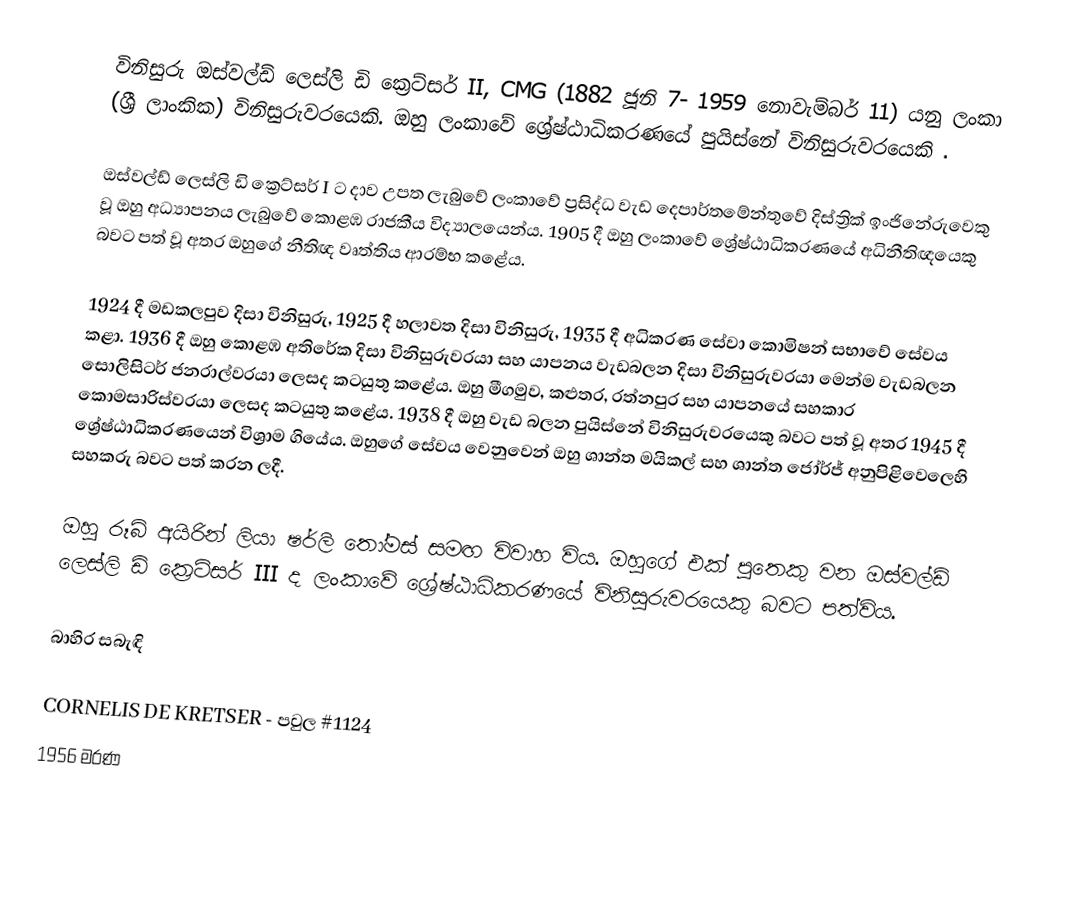
විනිසුරු ඔස්වල්ඩ් ලෙස්ලි ඩි ක්‍රෙට්සර් II, CMG (1882  ජූනි 7- 1959 නොවැම්බර් 11) යනු ලංකා (ශ්‍රී ලාංකික) විනිසුරුවරයෙකි. ඔහු ලංකාවේ ශ්‍රේෂ්ඨාධිකරණයේ පුයිස්නේ විනිසුරුවරයෙකි .

ඔස්වල්ඩ් ලෙස්ලි ඩි ක්‍රෙට්සර් I ට දාව උපත ලැබුවේ ලංකාවේ ප්‍රසිද්ධ වැඩ දෙපාර්තමේන්තුවේ දිස්ත්‍රික් ඉංජිනේරුවෙකු වූ ඔහු අධ්‍යාපනය ලැබුවේ කොළඹ රාජකීය විද්‍යාලයෙන්ය. 1905 දී ඔහු ලංකාවේ ශ්‍රේෂ්ඨාධිකරණයේ අධිනීතිඥයෙකු බවට පත් වූ අතර ඔහුගේ නීතිඥ වෘත්තිය ආරම්භ කළේය.

1924 දී මඩකලපුව දිසා විනිසුරු, 1925 දී හලාවත දිසා විනිසුරු, 1935 දී අධිකරණ සේවා කොමිෂන් සභාවේ සේවය කළා. 1936 දී ඔහු කොළඹ අතිරේක දිසා විනිසුරුවරයා සහ යාපනය වැඩබලන දිසා විනිසුරුවරයා මෙන්ම වැඩබලන සොලිසිටර් ජනරාල්වරයා ලෙසද කටයුතු කළේය. ඔහු මීගමුව, කළුතර, රත්නපුර සහ යාපනයේ සහකාර කොමසාරිස්වරයා ලෙසද කටයුතු කළේය. 1938 දී ඔහු වැඩ බලන පුයිස්නේ විනිසුරුවරයෙකු බවට පත් වූ අතර 1945 දී ශ්‍රේෂ්ඨාධිකරණයෙන් විශ්‍රාම ගියේය. ඔහුගේ සේවය වෙනුවෙන් ඔහු ශාන්ත මයිකල් සහ ශාන්ත ජෝර්ජ් අනුපිළිවෙලෙහි සහකරු බවට පත් කරන ලදී.

ඔහු රූබි අයිරින් ලියා ෂර්ලි තෝමස් සමඟ විවාහ විය. ඔහුගේ එක් පුතෙකු වන ඔස්වල්ඩ් ලෙස්ලි ඩි ක්‍රෙට්සර් III ද ලංකාවේ ශ්‍රේෂ්ඨාධිකරණයේ විනිසුරුවරයෙකු බවට පත්විය.

බාහිර සබැඳි

 CORNELIS DE KRETSER - පවුල #1124
1956 මරණ